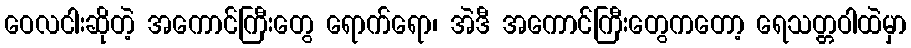
ဝေလငါးဆိုတဲ့ အကောင်ကြီးတွေ ရောက်ရော၊ အဲဒီ အကောင်ကြီးတွေကတော့ ရေသတ္တဝါထဲမှာ